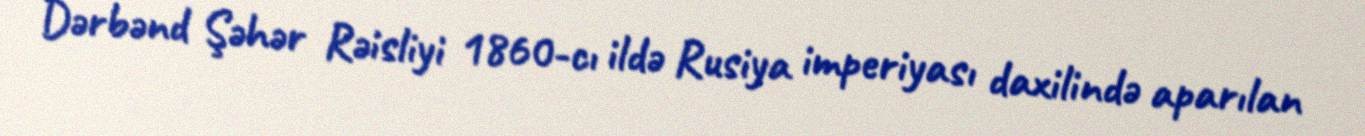
Dərbənd Şəhər Rəisliyi 1860-cı ildə Rusiya imperiyası daxilində aparılan